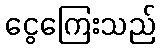
ငွေကြေးသည်